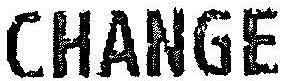
CHANGE